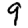
Digit: 9